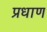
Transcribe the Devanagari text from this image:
प्रधाण